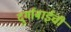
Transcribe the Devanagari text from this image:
दुर्गाबाईंची